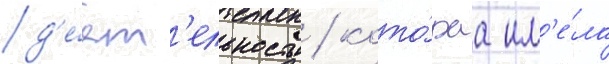
д'е́ят'ельность / кото́раа им'е́ла